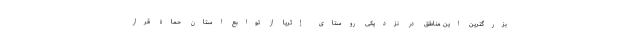
بزرگترین این مناطق در نزدیکی روستای إثریا از توابع استان حماة قرار